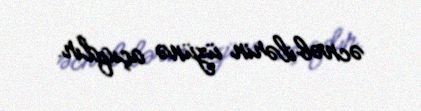
əcnəbilərin üzünə açıqdır.